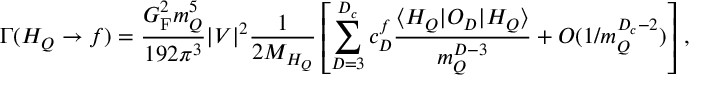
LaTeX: \Gamma ( H _ { Q } \rightarrow f ) = \frac { G _ { \mathrm { F } } ^ { 2 } m _ { Q } ^ { 5 } } { 1 9 2 \pi ^ { 3 } } | V | ^ { 2 } \frac { 1 } { 2 M _ { H _ { Q } } } \left[ \sum _ { D = 3 } ^ { D _ { c } } c _ { D } ^ { f } \frac { \langle H _ { Q } | O _ { D } | H _ { Q } \rangle } { m _ { Q } ^ { D - 3 } } + { \cal O } ( 1 / m _ { Q } ^ { D _ { c } - 2 } ) \right] \, ,